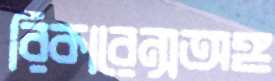
রিকারেন্সঅঙ্গ